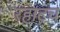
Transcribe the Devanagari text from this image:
रहाटच